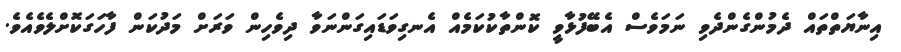
އިނާޔަތްތައް ދެމުންގެންދެވި ނަމަވެސް އެބޭފުޅާވީ ކޮންތާކުކަމެއް އެނގިވަޑައިގަންނަވާ ދިވެހިން ވަރަށް މަދުކަން ފާހަގަކޮށްލެވެއެވެ.